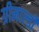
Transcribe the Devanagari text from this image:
ग्रीमाल्डी